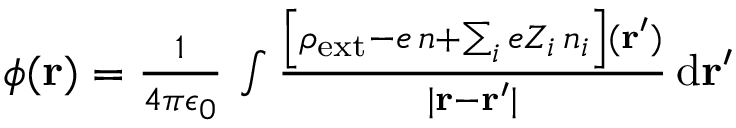
\begin{array} { r } { \phi ( \mathbf { r } ) = \frac { 1 } { 4 \pi \epsilon _ { 0 } } \, \int \frac { \left[ \rho _ { \mathrm { e x t } } - e \, n + \sum _ { i } e Z _ { i } \, n _ { i } \right] ( \mathbf { r } ^ { \prime } ) } { | \mathbf { r } - \mathbf { r } ^ { \prime } | } \, \mathrm { d } \mathbf { r } ^ { \prime } } \end{array}